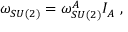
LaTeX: \omega _ { S U ( 2 ) } = \omega _ { S U ( 2 ) } ^ { A } I _ { A } \ ,